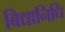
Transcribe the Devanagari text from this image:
बिद्यानिधि